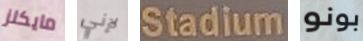
مايكلز لإني Stadium بونو